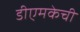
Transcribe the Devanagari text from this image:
डीएमकेची